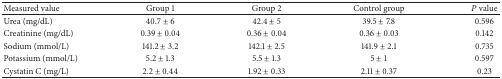
<table><thead><tr><td><b>Measured value</b></td><td><b>Group 1</b></td><td><b>Group 2</b></td><td><b>Control group</b></td><td><b><i>P</i> value</b></td></tr></thead><tbody><tr><td>Urea (mg/dL)</td><td>40.7 ± 6</td><td>42.4 ± 5</td><td>39.5 ± 7.8</td><td>0.596</td></tr><tr><td>Creatinine (mg/dL)</td><td>0.39 ± 0.04</td><td>0.36 ± 0.04</td><td>0.36 ± 0.03</td><td>0.142</td></tr><tr><td>Sodium (mmol/L)</td><td>141.2 ± 3.2</td><td>142.1 ± 2.5</td><td>141.9 ± 2.1</td><td>0.735</td></tr><tr><td>Potassium (mmol/L)</td><td>5.2 ± 1.3</td><td>5.5 ± 1.3</td><td>5 ± 1</td><td>0.597</td></tr><tr><td>Cystatin C (mg/L) </td><td>2.2 ± 0.44</td><td>1.92 ± 0.33</td><td>2.11 ± 0.37</td><td>0.23</td></tr></tbody></table>